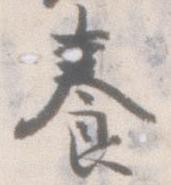
養